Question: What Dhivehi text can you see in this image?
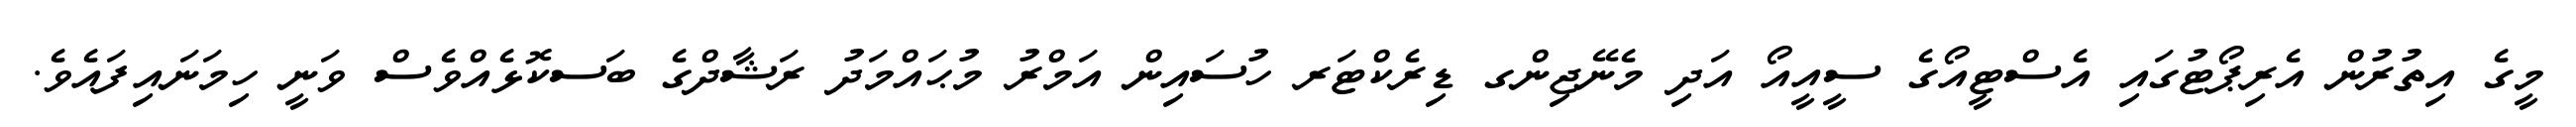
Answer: މީގެ އިތުރުން އެރިޕޯޓުގައި އެސްޓީއޯގެ ސީއީއޯ އަދި މެނޭޖިންގ ޑިރެކްޓަރ ހުސައިން އަމްރު މުޙައްމަދު ރަޝާދްގެ ބަސކޮޅެއްވެސް ވަނީ ހިމަނައިފައެވެ.